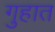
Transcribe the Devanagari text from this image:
गुहात